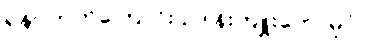
ရန်ပိုတတ်ကြောင်း ဥဒါန်းကျူးတော်မူပုံ။